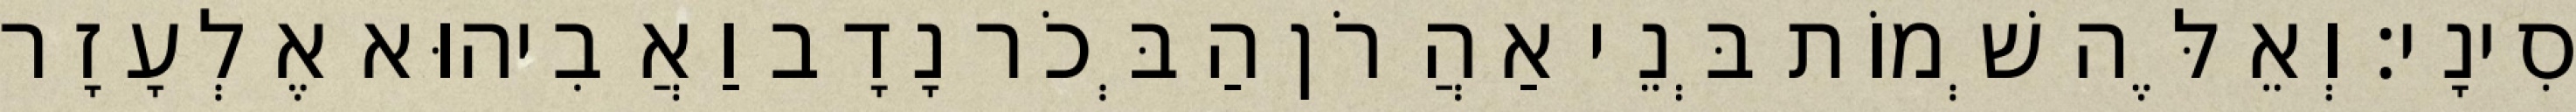
סִינָי׃ וְאֵלֶּה שְׁמוֹת בְּנֵי אַהֲרֹן הַבְּכֹר נָדָב וַאֲבִיהוּא אֶלְעָזָר